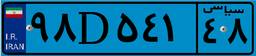
۹۸D۵۴۱۴۸